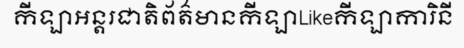
កីឡាអន្តរជាតិព័ត៌មានកីឡាLikeកីឡាការិនី